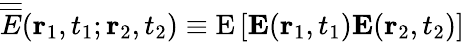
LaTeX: \overline{{\overline{{E}}}}({\mathbf r}_{1},t_{1};{\mathbf r}_{2},t_{2})\equiv\mathrm{E}\left[{\mathbf E}({\mathbf r}_{1},t_{1}){\mathbf E}({\mathbf r}_{2},t_{2})\right]